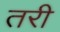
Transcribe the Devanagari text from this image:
तरी